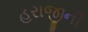
હરાજીની